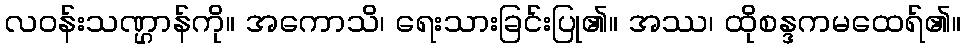
လဝန်းသဏ္ဌာန်ကို။ အကောသိ၊ ရေးသားခြင်းပြု၏။ အဿ၊ ထိုစန္ဒကမထေရ်၏။